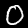
Digit: 0